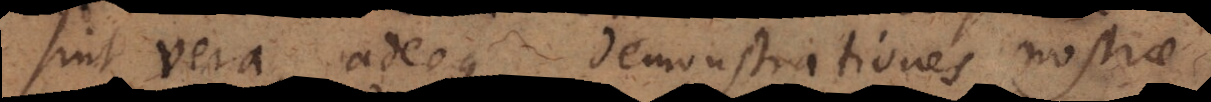
sint vera, adeoque demonstrationes nostrae